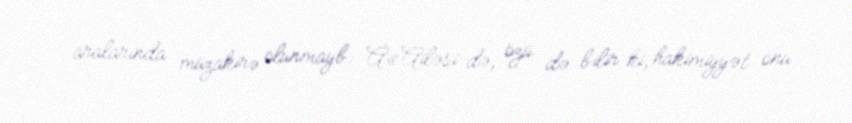
aralarında müzakirə olunmayb: Â«Ailəsi də, özü də bilir ki, hakimiyyət onu